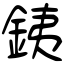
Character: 銕